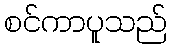
စင်ကာပူသည်